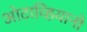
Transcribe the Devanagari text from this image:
ओटाव्हियानो